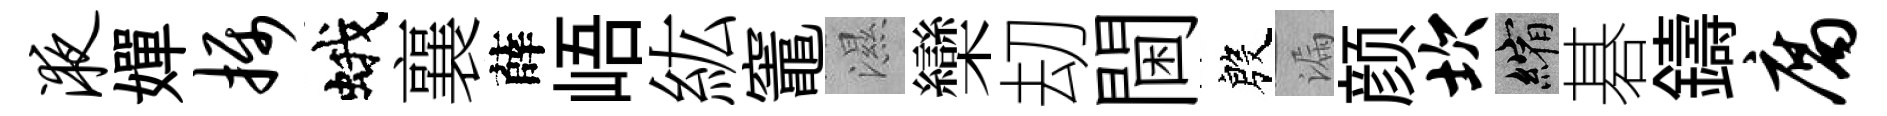
液嬋摄蛾襄薛峿紘竈濕欒刧閫殷漏颜坎縮碁鑄腐